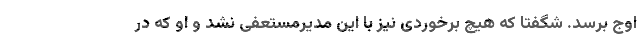
اوج برسد. شگفتا که هیچ برخوردی نیز با این مدیرمستعفی نشد و او که در